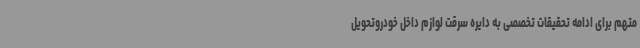
متهم برای ادامه تحقیقات تخصصی به دایره سرقت لوازم داخل خودروتحویل